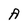
Character: A